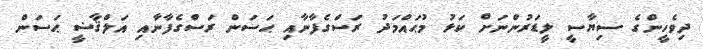
ދިވެހީންގެ ސިޔާސީ ލީޑަރުންނަށް ކަޅު މުޙައްމަދު ރަސްގެފާނާއި ޙަސަން ރަސްގެފާނާއި އަލްޤާޟީ ޙަސަން